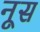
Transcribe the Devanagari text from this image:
नूस